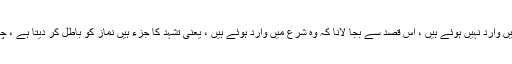
ان امور کو ، جو واجب نمازوں کے تشہد میں وارد نہیں ہوئے ہیں ، اس قصد سے بجا لانا کہ وہ شرع میں وارد ہوئے ہیں ، یعنی تشہد کا جزء ہیں نماز کو باطل کر دیتا ہے ، چاہے وہ امور بذات خود حق اور صحیح ہوں۔